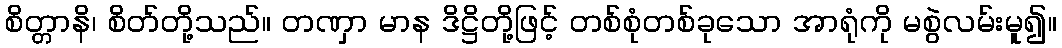
စိတ္တာနိ၊ စိတ်တို့သည်။ တဏှာ မာန ဒိဋ္ဌိတို့ဖြင့် တစ်စုံတစ်ခုသော အာရုံကို မစွဲလမ်းမူ၍။